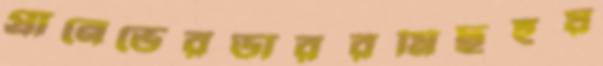
প্রানেভেরডাররমিছহুয়